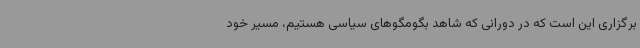
برگزاری این است که در دورانی که شاهد بگومگوهای سیاسی هستیم، مسیر خود